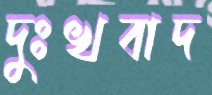
দুঃখবাদ